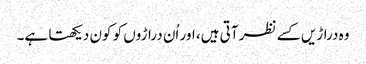
وہ دراڑیں کسے نظر آتی ہیں، اور اُن دراڑوں کو کون دیکھتا ہے۔